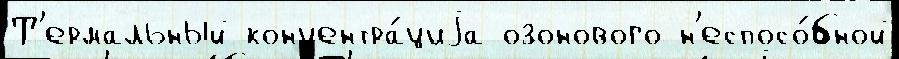
Т'ермальный концентра́циjа озонового н'еспосо́бной